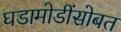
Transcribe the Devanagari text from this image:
घडामोडींसोबत